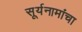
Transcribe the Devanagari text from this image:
सूर्यनामांचा